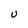
Character: U